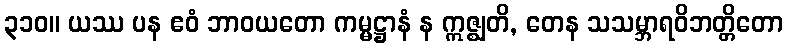
၃၁၀။ ယဿ ပန ဧဝံ ဘာဝယတော ကမ္မဋ္ဌာနံ န ဣဇ္ဈတိ, တေန သသမ္ဘာရဝိဘတ္တိတော